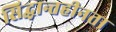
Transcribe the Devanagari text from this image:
सिद्धान्तहीनता